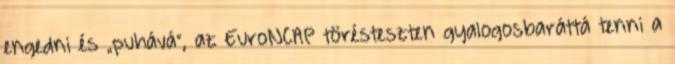
engedni és „puhává”, az EuroNCAP törésteszten gyalogosbaráttá tenni a